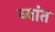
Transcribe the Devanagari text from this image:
व्यांत